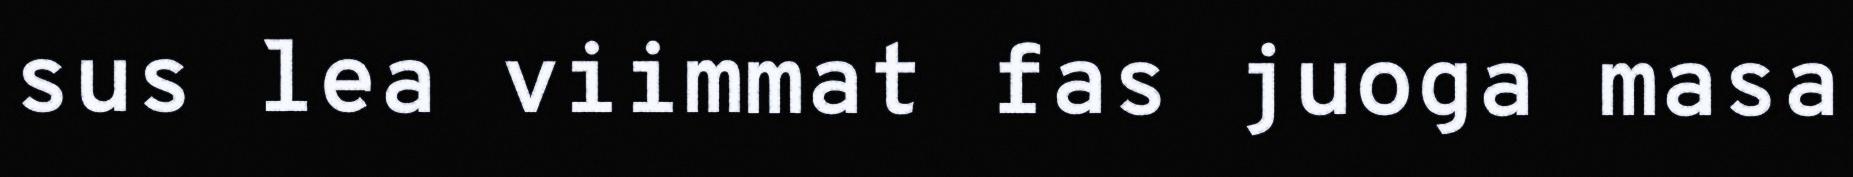
sus lea viimmat fas juoga masa